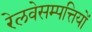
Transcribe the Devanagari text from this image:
रेलवेसम्पत्तियों